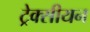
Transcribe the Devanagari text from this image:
ट्रेक्सीयन